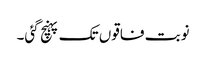
نوبت فاقوں تک پہنچ گئی۔